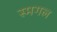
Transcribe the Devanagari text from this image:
स्मगल